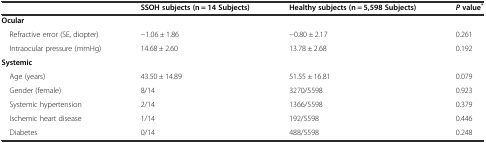
|  | SSOH subjects (n = 14 Subjects) | Healthy subjects (n = 5,598 Subjects) | Pvalue* |
 | --- | --- | --- | --- |
 | Ocular |  |  |  |
 | Refractive error (SE, diopter) | −1.06 ± 1.86 | −0.80 ± 2.17 | 0.261 |
 | Intraocular pressure (mmHg) | 14.68 ± 2.60 | 13.78 ± 2.68 | 0.192 |
 | Systemic |  |  |  |
 | Age (years) | 43.50 ± 14.89 | 51.55 ± 16.81 | 0.079 |
 | Gender (female) | 8/14 | 3270/5598 | 0.923 |
 | Systemic hypertension | 2/14 | 1366/5598 | 0.379 |
 | Ischemic heart disease | 1/14 | 192/5598 | 0.446 |
 | Diabetes | 0/14 | 488/5598 | 0.248 |